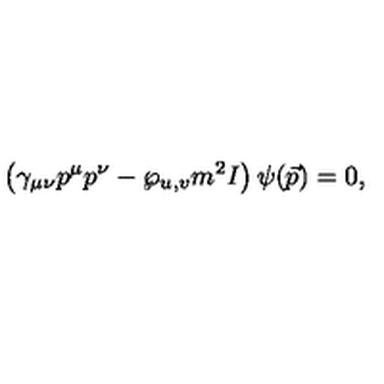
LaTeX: \left( \gamma _ { \mu \nu } p ^ { \mu } p ^ { \nu } - { \wp _ { u , v } } m ^ { 2 } I \right) \psi ( \vec { p } ) = 0 ,